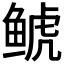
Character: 𩾇